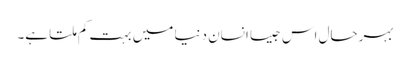
بہرحال اس جیسا انسان دنیا میں بہت کم ملتا ہے۔